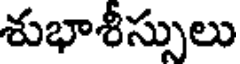
శుభాశీస్సులు